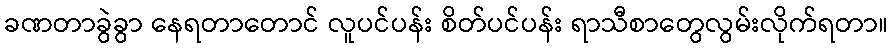
ခဏတာခွဲခွာ နေရတာတောင် လူပင်ပန်း စိတ်ပင်ပန်း ရာသီစာတွေလွမ်းလိုက်ရတာ။